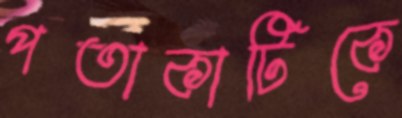
পতাকাটিকে